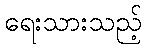
ရေးသားသည့်